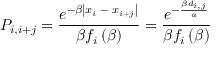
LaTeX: P _ { i , i + j } = \frac { e ^ { - \beta \left| x _ { i } \; - \; x _ { i + j } \right| } } { \beta f _ { i } \left( \beta \right) } = \frac { e ^ { - \frac { \beta d _ { i , j } } { a } } } { \beta f _ { i } \left( \beta \right) }